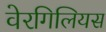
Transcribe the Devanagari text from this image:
वेरगिलियस